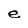
Character: e